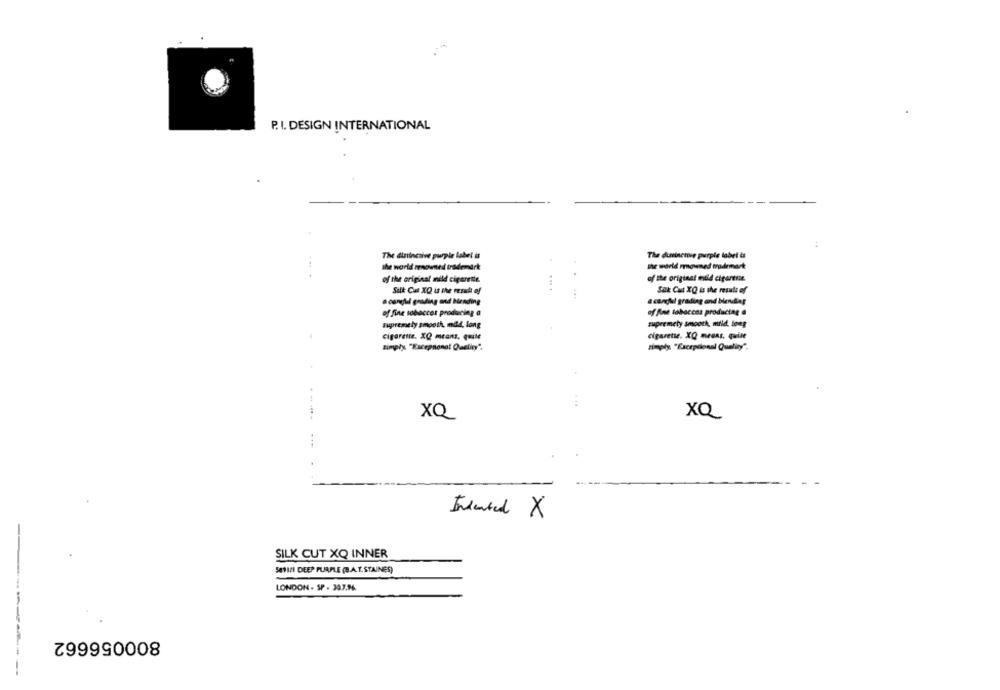
P. I. DESIGN INTERNATIONAL
The dinincsive purple label it
The dunsinenive purple label it
the world renowned trademark
the world mmowned trademark
of the original mild cigarette
of the original müd cigarese.
Silk Can XQ is the mesak of
Suk Cut XQ is the result of
· careful grading and Bending
& candlel grading and blending
of fine tobaccna producing a
of fine tobaccos producing a
supremely smooth, mild, long
zupremety smooth, mild. long
cigarette. XQ means. quite
cigarette. XQ means, quile
Simply "Kacepnional Queliny",
simply "Excepcional Queliny"
XQ
XQ
Indented X
SILK CUT XQ INNER
SATI/1 DEEP PURPLE (B.A.T.STAINES)
LONDON - SP . 307.M4.
800056662
-